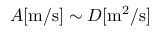
A [ \mathrm { m / s } ] \sim D [ \mathrm { m ^ { 2 } / s } ]